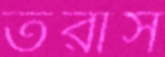
তরাস